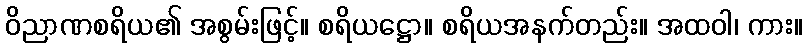
ဝိညာဏစရိယ၏ အစွမ်းဖြင့်။ စရိယဋ္ဌော။ စရိယအနက်တည်း။ အထဝါ၊ ကား။